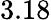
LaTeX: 3.18